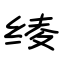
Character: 绫